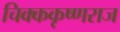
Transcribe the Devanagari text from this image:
चिक्ककृष्णराज